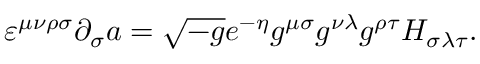
\varepsilon ^ { \mu \nu \rho \sigma } \partial _ { \sigma } a = \sqrt { - g } e ^ { - \eta } g ^ { \mu \sigma } g ^ { \nu \lambda } g ^ { \rho \tau } H _ { \sigma \lambda \tau } .